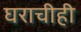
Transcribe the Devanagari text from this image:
घराचीही